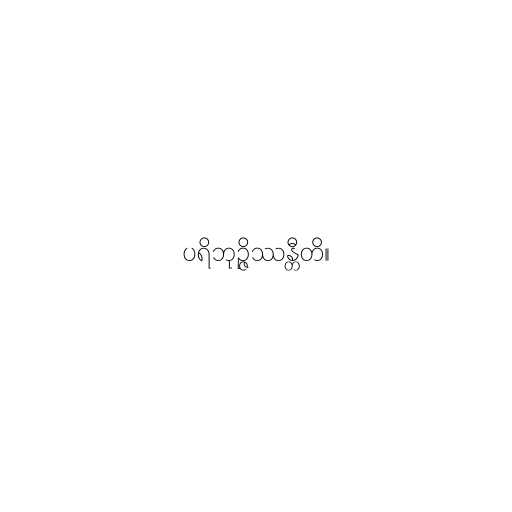
ပရိဘုဉ္ဇိဿန္တီတိ။